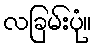
လခြမ်းပုံ။